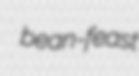
bean-feast